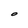
Character: O